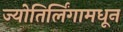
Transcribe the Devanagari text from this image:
ज्योतिर्लिंगामधून